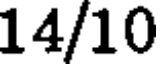
14/10